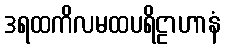
ဒရထကိလမထပရိဠာဟာနံ